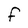
Character: F